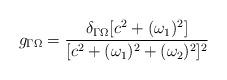
LaTeX: \begin{align*}g_{\Gamma \Omega} = {\delta_{\Gamma\Omega}[c^2 + (\omega_1)^2]\over [c^2 + (\omega_1)^2 +(\omega_2)^2]^2}\end{align*}